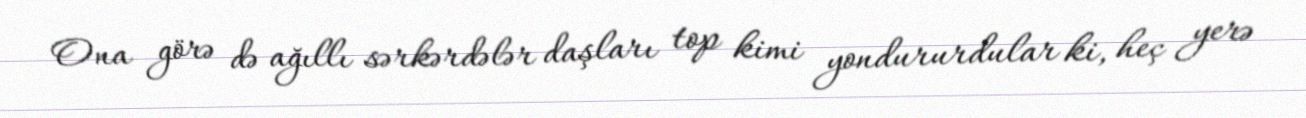
Ona görə də ağıllı sərkərdələr daşları top kimi yondururdular ki, heç yerə